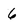
Character: 6